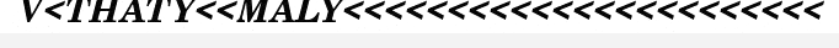
V<THATY<<MALY<<<<<<<<<<<<<<<<<<<<<<<